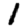
Digit: 1